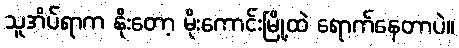
သူအိပ်ရာက နိုးတော့ မိုးကောင်းမြို့ထဲ ရောက်နေတာပဲ။